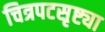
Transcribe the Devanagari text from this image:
चित्रपटसृष्ट्या